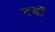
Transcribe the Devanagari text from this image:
टर्बों